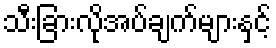
သီးခြားလိုအပ်ချက်များနှင့်